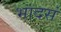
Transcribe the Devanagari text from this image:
भादसं